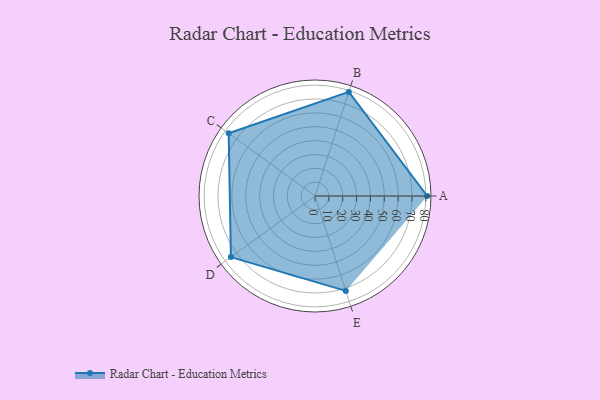
{"axis": {"x": "Skill", "y": "Score"}, "legend": ["Profile"], "data": [{"x": "A", "y": 81.0, "type": "Profile"}, {"x": "B", "y": 79.0, "type": "Profile"}, {"x": "C", "y": 77.0, "type": "Profile"}, {"x": "D", "y": 75.0, "type": "Profile"}, {"x": "E", "y": 72.0, "type": "Profile"}]}